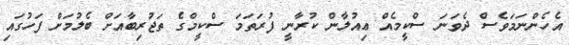
އެހެންނަމަވެސް ދެވަނަ ސްކީމެއް ޢިއުލާން ކުރާނީ ފުރަތަމަ ސްކީމްގެ ތަޖުރިބާއަށް ބެލުމަށް ފަހުގައި